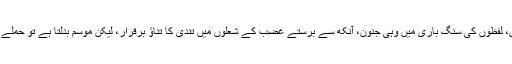
استدلال میں وہی خروش، لفظوں کی سنگ باری میں وہی جنون، آنکھ سے برستے غضب کے شعلوں میں تندی کا تناؤ برقرار، لیکن موسم بدلتا ہے تو حملے کی سمت بدل لیتے ہیں۔